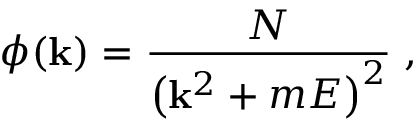
\phi ( { \bf k } ) = { \frac { \cal N } { \bigl ( { \bf k } ^ { 2 } + m E \bigr ) ^ { 2 } } } \; ,